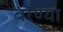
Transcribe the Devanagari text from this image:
बरण्या